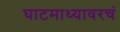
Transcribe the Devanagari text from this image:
घाटमाथ्यावरचं